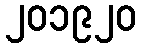
၂၀၁၉၂၀